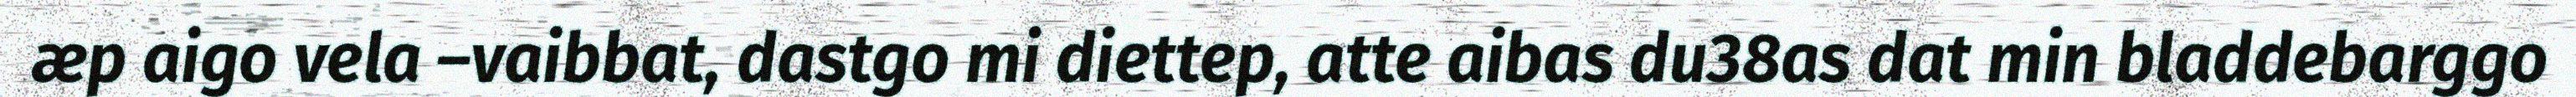
æp aigo vela –vaibbat, dastgo mi diettep, atte aibas du38as dat min bladdebarggo